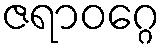
ဇရာဝဂ္ဂေ